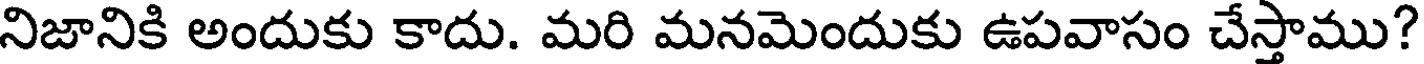
నిజానికి అందుకు కాదు. మరి మనమెందుకు ఉపవాసం చేస్తాము?